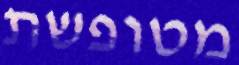
מטופשת